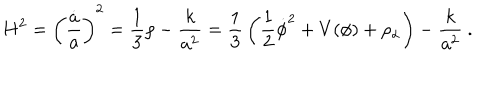
H ^ { 2 } = \left( { \frac { \dot { a } } { a } } \right) ^ { 2 } = { \frac { 1 } { 3 } } \rho - { \frac { k } { a ^ { 2 } } } = { \frac { 1 } { 3 } } \left( { \frac { 1 } { 2 } } \dot { \phi } ^ { 2 } + V ( \phi ) + \rho _ { \alpha } \right) - { \frac { k } { a ^ { 2 } } } \ .